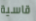
قاسية